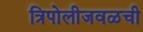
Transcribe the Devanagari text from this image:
त्रिपोलीजवळची